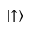
\left| \uparrow \right\rangle